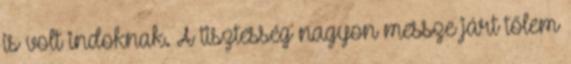
is volt indoknak. A tisztesség nagyon messze járt tőlem